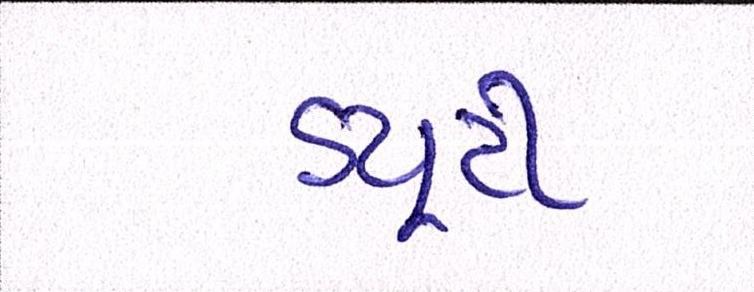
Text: ડ્યુટી